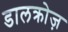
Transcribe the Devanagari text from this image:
डालक्रोज़